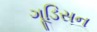
ગૂડિસન